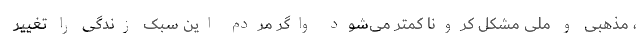
، مذهبی و ملی مشکل کرونا کمتر می‌شود واگر مردم این سبک زندگی را تغییر